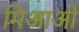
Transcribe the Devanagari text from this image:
मिआओ